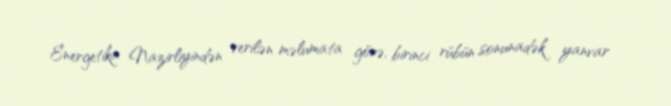
Energetika Nazirliyindən verilən məlumata görə, birinci rübün sonunadək yanvar